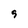
Character: 9